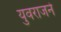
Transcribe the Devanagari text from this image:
युवराजने